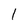
Character: I